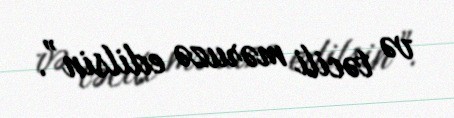
və təcili məruzə edilsin”.